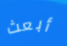
أبعث